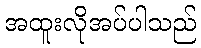
အထူးလိုအပ်ပါသည်